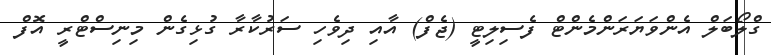
ގްލޯބަލް އެންވަޔަރަންމެންޓް ފެސިލިޓީ (ޖެފް) އާއި ދިވެހި ސަރުކާރާ ގުޅިގެން މިނިސްޓްރީ އޮފް